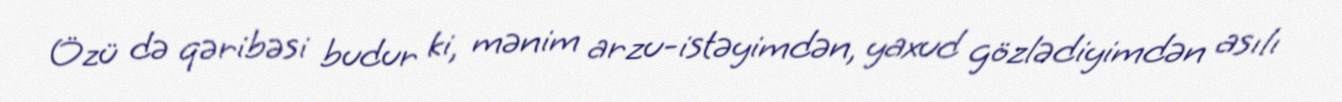
Özü də qəribəsi budur ki, mənim arzu-istəyimdən, yaxud gözlədiyimdən asılı